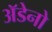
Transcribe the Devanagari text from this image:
अॅडेनो